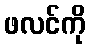
ဖလင်ကို